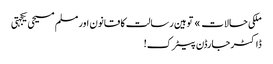
ملکی حالات » توہین رسالت کا قانون اور مسلم مسیحی یکجہتی
ڈاکٹر جارڈن پیٹرک!